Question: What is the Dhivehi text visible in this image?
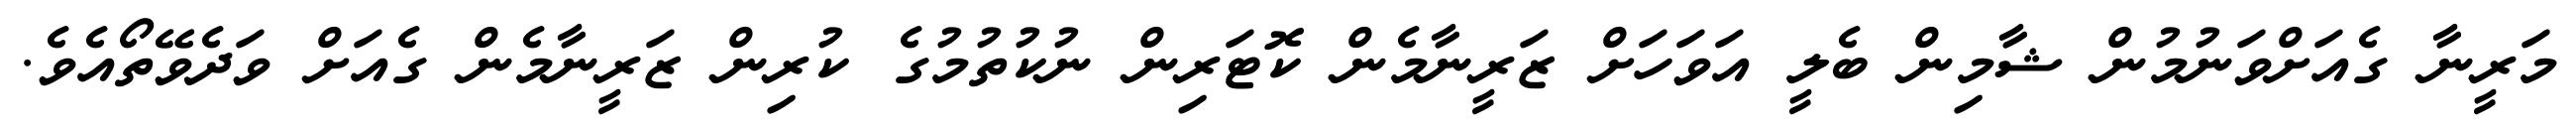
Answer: މަރީނާ ގެއަށްވަނުމުން ޝާމިން ބެލީ އަވަހަށް ޒަރީނާމެން ކޮޓަރިން ނުކުތުމުގެ ކުރިން ޒަރީނާމެން ގެއަށް ވަދެވޭތޯއެވެ.